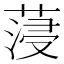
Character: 蓡